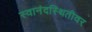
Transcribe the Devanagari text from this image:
स्वानंदस्थितीवर